Document type: Oath
Year: 1447
Scribe: Pere Figuerola
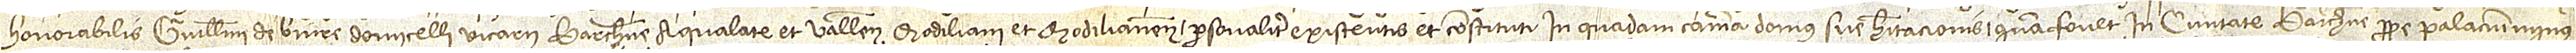
/ honorabilis Guillelmi de Biure, domicelli, vicarii Barchinone, Aqualate et Vallensis, Modiliani et Modilianensis, personaliter existentis et constituti in quadam camera domus sive habitacionis quam fovet in civitate Barchinone, prope palacium minus